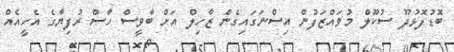
ބޮޑުފޮޅުދޫ ސުކޫލް މުވައްޒަފުން އިސްނަގައިގެން ޒާހިލް އަށް ބާވީސް ހާސް ރުފިޔާގެ އެހީއެއް